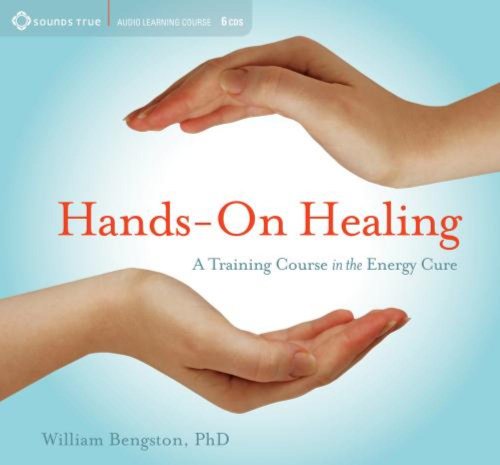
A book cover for Hands-on Healing: A Training Course in the Energy Cure; William Bengston; Health, Fitness & Dieting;